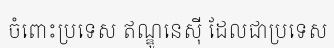
ចំពោះប្រទេស ឥណ្ឌូនេស៊ី ដែលជាប្រទេស